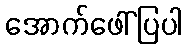
အောက်ဖေါ်ပြပါ